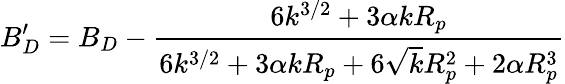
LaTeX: B_{D}^{\prime}=B_{D}-\frac{6k^{3/2}+3\alpha kR_{p}}{6k^{3/2}+3\alpha kR_{p}+6\sqrt{k}R_{p}^{2}+2\alpha R_{p}^{3}}